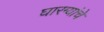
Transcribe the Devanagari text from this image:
घारग्यांचे